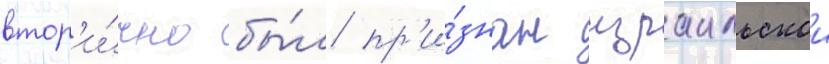
втор'и́чно бы́л пр'и́знан израильскои